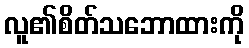
လူ၏စိတ်သဘောထားကို